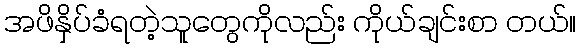
အဖိနှိပ်ခံရတဲ့သူတွေကိုလည်း ကိုယ်ချင်းစာ တယ်။